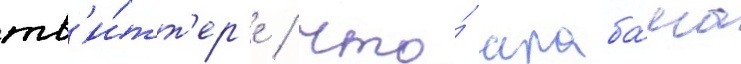
тв'и́тт'ер'е / что́ алаба́ма